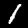
Digit: 1